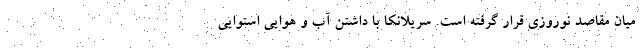
میان مقاصد نوروزی قرار گرفته است. سریلانکا با داشتن آب و هوایی استوایی